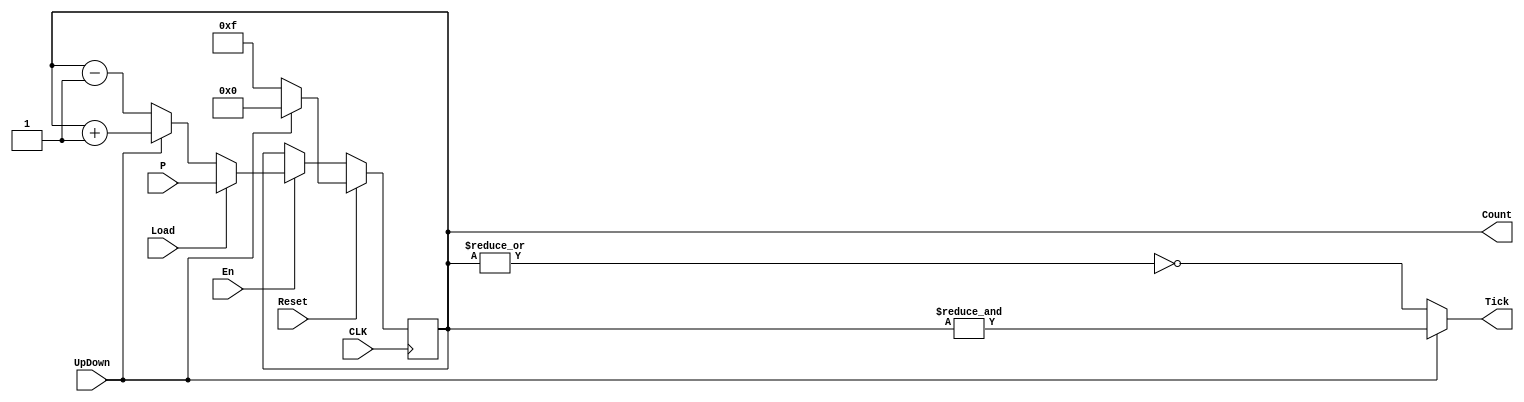
module Counter_param #(
    parameter N = 4
)(
    input CLK, En, Reset, Load, UpDown,
    input [N-1:0] P,
    output Tick,
    output reg [N-1:0] Count
);
    always @(posedge CLK) begin
        if(Reset)   // Active High Synchronous Reset.
            if(UpDown) // Counting Up. Reset value is zeros.
                Count <= 0;
            else        // Counting Down. Reset value is ones.
                Count <= -1;
        else if(En) // Checking if the counter is enabled.
            if(Load)// Loading P data to Count.
                Count <= P;
            else if(UpDown) // Counting Up.
                Count <= Count + 1;
            else            // Counting Down.
                Count <= Count - 1;
    end
    // If counting up, the tick is when Count is all ones.
    // If counting down, the tick is when Count is zeros.
    assign Tick = (UpDown)? &(Count) : ~|(Count);
endmodule